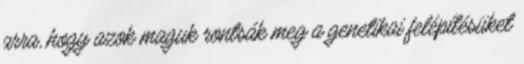
arra, hogy azok maguk rontsák meg a genetikai felépítésüket